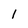
Character: l